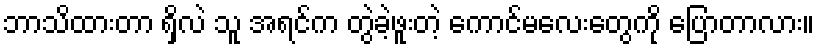
ဘာသိထားတာ ရှိလဲ သူ အရင်က တွဲခဲ့ဖူးတဲ့ ကောင်မလေးတွေကို ပြောတာလား။